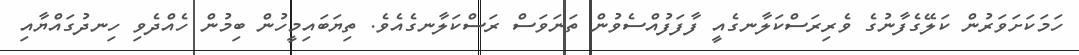
ހަމަކަށަވަރުން ކަލޭގެފާނުގެ ވެރިރަސްކަލާނގެއީ ފާފަފުއްސެވުން ތަނަވަސް ރަސްކަލާނގެއެވެ. ތިޔަބައިމީހުން ބިމުން ހެއްދެވި ހިނދުގައްޔާއި